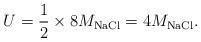
LaTeX: \begin{align*}U=\dfrac{1}{2}\times 8M_{\mathrm{NaCl}}=4M_{\mathrm{NaCl}}.\end{align*}